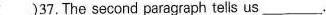
( )37.The second paragraph tells us\underline.